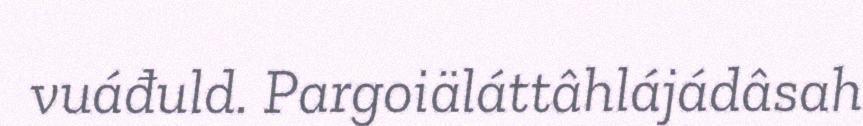
vuáđuld. Pargoiäláttâhlájádâsah